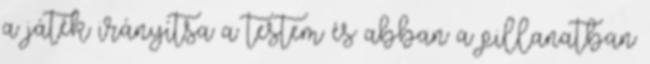
a játék irányítsa a testem és abban a pillanatban